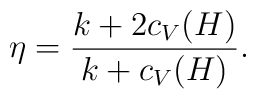
\eta={k+2c_V(H)\over k+c_V(H)}.